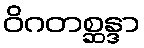
ဝိဂတစ္ဆန္ဒာ